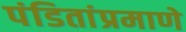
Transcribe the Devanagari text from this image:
पंडितांप्रमाणे